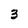
Character: 3